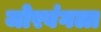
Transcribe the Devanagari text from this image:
जोरबंगला